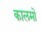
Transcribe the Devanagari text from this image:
कालमों